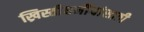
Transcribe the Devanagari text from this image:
ख्रिस्तीधर्मीयांसाठी